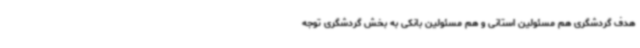
هدف گردشگری هم مسئولین استانی و هم مسئولین بانکی به بخش گردشگری توجه